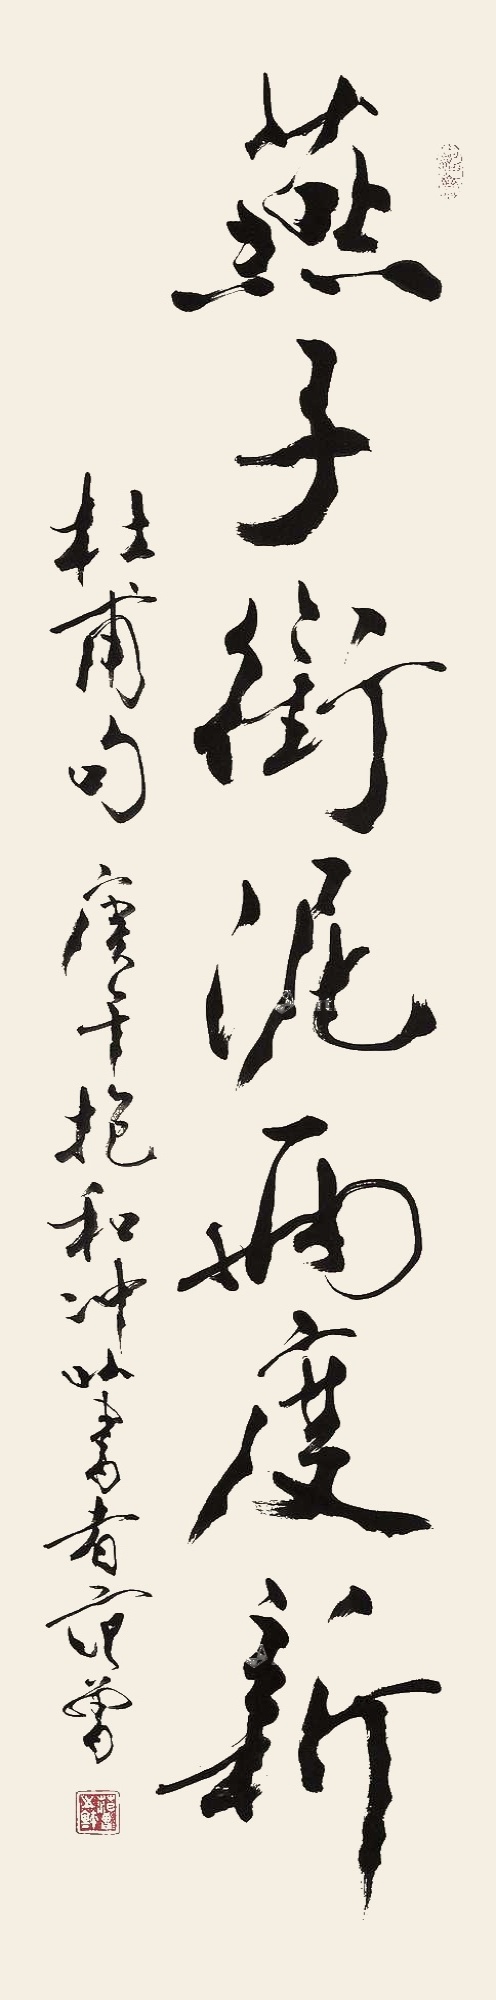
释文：燕子衔泥两度新。杜甫句，庚午抱冲以书者，范曾。